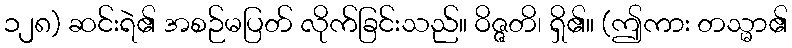
၁၂၈) ဆင်းရဲ၏ အစဉ်မပြတ် လိုက်ခြင်းသည်။ ဝိဇ္ဇတိ၊ ရှိ၏။ (ဤကား တသ္မာ၏